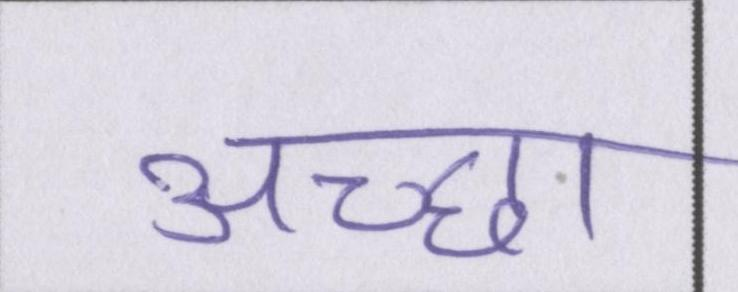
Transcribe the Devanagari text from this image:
अच्छा